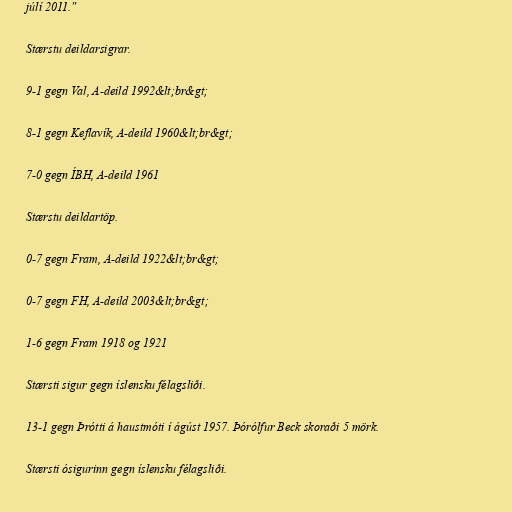
júlí 2011."

Stærstu deildarsigrar.

9-1 gegn Val, A-deild 1992&lt;br&gt;

8-1 gegn Keflavík, A-deild 1960&lt;br&gt;

7-0 gegn ÍBH, A-deild 1961

Stærstu deildartöp.

0-7 gegn Fram, A-deild 1922&lt;br&gt;

0-7 gegn FH, A-deild 2003&lt;br&gt;

1-6 gegn Fram 1918 og 1921

Stærsti sigur gegn íslensku félagsliði.

13-1 gegn Þrótti á haustmóti í ágúst 1957. Þórólfur Beck skoraði 5 mörk.

Stærsti ósigurinn gegn íslensku félagsliði.